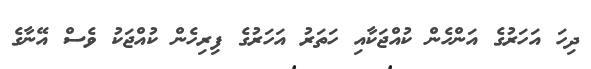
ދިހަ އަހަރުގެ އަންހެން ކުއްޖަކާއި ހަތަރު އަހަރުގެ ފިރިހެން ކުއްޖަކު ވެސް އޭނާގެ